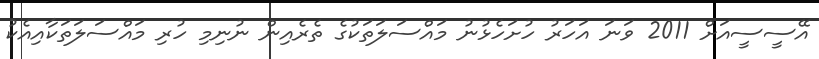
އޭސީސީއަށް 2011 ވަނަ އަހަރު ހުށަހެޅުނު މައްސަލަތަކުގެ ތެރެއިން ނުނިމި ހުރި މައްސަލަތަކާއިއެކު